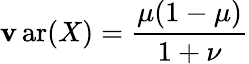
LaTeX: \operatorname{\mathbf{v}ar}(X)={\frac{{\mu(1-\mu)}}{{1+\nu}}}